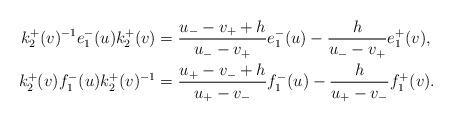
LaTeX: \begin{align*}k_{2}^{+}(v)^{-1}e_{1}^{-}(u)k_{2}^{+}(v)&=\frac{u_{-}-v_{+}+h}{u_{-}-v_{+}}e_{1}^{-}(u)-\frac{h}{u_{-}-v_{+}}e_{1}^{+}(v), \\k_{2}^{+}(v)f_{1}^{-}(u)k_{2}^{+}(v)^{-1}&=\frac{u_{+}-v_{-}+h}{u_{+}-v_{-}}f_{1}^{-}(u)-\frac{h}{u_{+}-v_{-}}f_{1}^{+}(v). \end{align*}